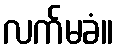
လက်မခံ။